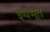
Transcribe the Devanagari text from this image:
इथंभूत